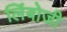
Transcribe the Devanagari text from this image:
लिंबोजी